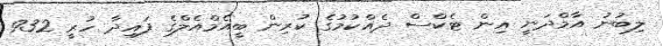
ލިބުނު އާމްދަނީ އިން ޓެކްސް ދެއްކުމުގެ ކުރިން ބީއެމްއެލްގެ ފައިދާ ހުރީ 932